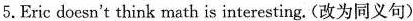
5.Eric doesn't think math is interesting. (改为同义句)